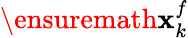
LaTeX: \ensuremath{\mathbf{x}}_{k}^{f}